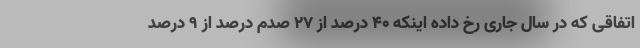
اتفاقی که در سال جاری رخ داده اینکه ۴۰ درصد از ۲۷ صدم درصد از ۹ درصد